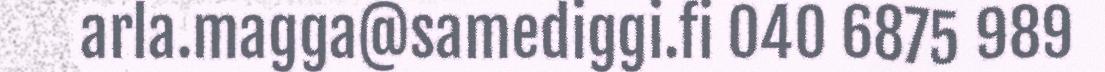
arla.magga@samediggi.fi 040 6875 989